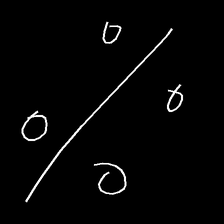
Glyph: cool